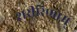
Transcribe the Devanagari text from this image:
शरीरिणाम्